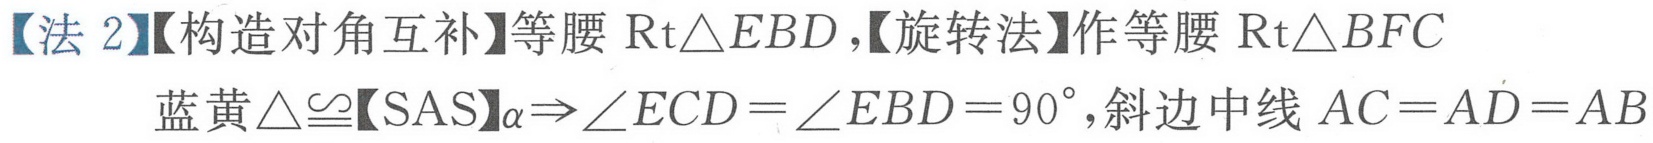
【法 2】【构造对角互补】等腰 \(\text{Rt}\triangle EBD\)，【旋转法】作等腰 \(\text{Rt}\triangle BFC\)
蓝黄\(\triangle\cong\)【\(SAS\)】\(\alpha\Rightarrow\angle ECD=\angle EBD = 90^{\circ}\)，斜边中线 \(AC = AD = AB\)